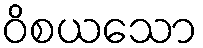
ဝိစယသော